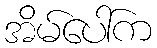
အိမ်ပေါ်က